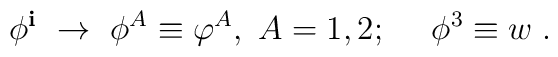
\phi^{\bf{i}} \ \rightarrow \ \phi^A \equiv \varphi^A,\ A=1,2; \quad \ \phi^3 \equiv w\;.